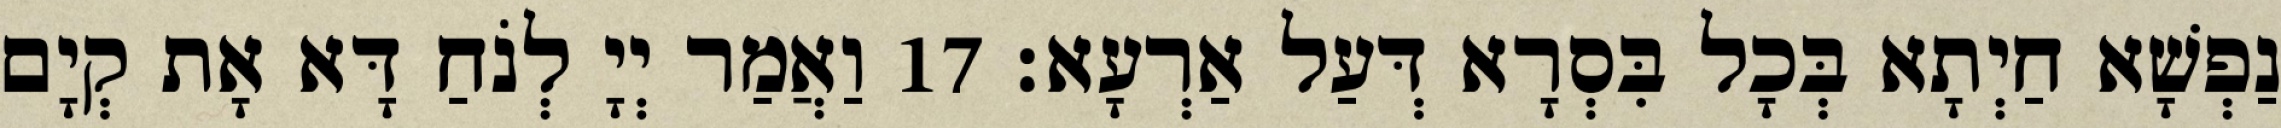
נַפְשָׁא חַיְתָא בְּכָל בִּסְרָא דְּעַל אַרְעָא׃ 17 וַאֲמַר יְיָ לְנֹחַ דָּא אָת קְיָם